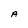
Character: A